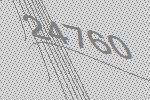
24760